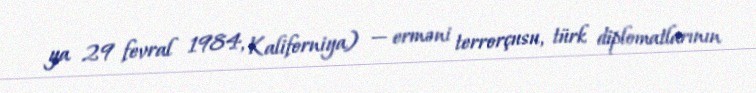
ya 29 fevral 1984, Kaliforniya) — erməni terrorçusu, türk diplomatlarının